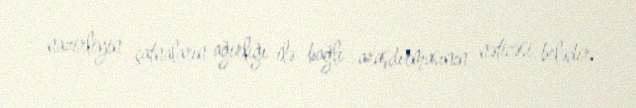
nazirliyin çatnaların ağırlığı ilə bağlı araşdırmasının nəticəsi belədir.